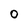
Character: O